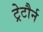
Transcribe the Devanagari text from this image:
ट्रेटौर्न